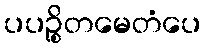
ပပဉ္စိတမေတံပေ